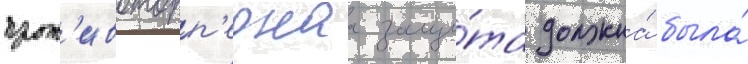
прот'ивоторп'еднаа защи́та должна́ была́